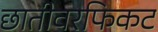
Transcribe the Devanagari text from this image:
छातीवरफिकट